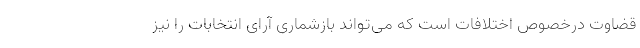
قضاوت درخصوص اختلافات است که می‌تواند بازشماری آرای انتخابات را نیز